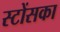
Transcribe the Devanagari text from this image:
स्टोंसका